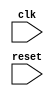
module synchronous_logic_block (
    input wire clk,
    input wire reset,
    // Add other input/output ports as needed
    
);

// Declare variables as needed

// Behavioral modeling block triggered on positive edge of clock signal
always @(posedge clk) begin
    if (reset) begin
        // Reset actions
    end else begin
        // Synchronous logic actions
    end
end

endmodule